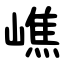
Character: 嶕